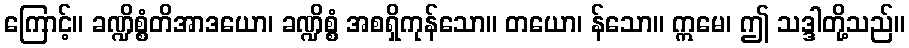
ကြောင့်။ ခဏ္ဍိစ္စံတိအာဒယော၊ ခဏ္ဍိစ္စံ အစရှိကုန်သော။ တယော၊ န်သော။ ဣမေ၊ ဤ သဒ္ဒါတို့သည်။